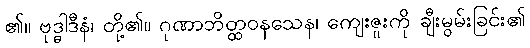
၏။ ဗုဒ္ဓါဒီနံ၊ တို့၏။ ဂုဏာဘိတ္ထဝနသေန၊ ကျေးဇူးကို ချီးမွမ်းခြင်း၏